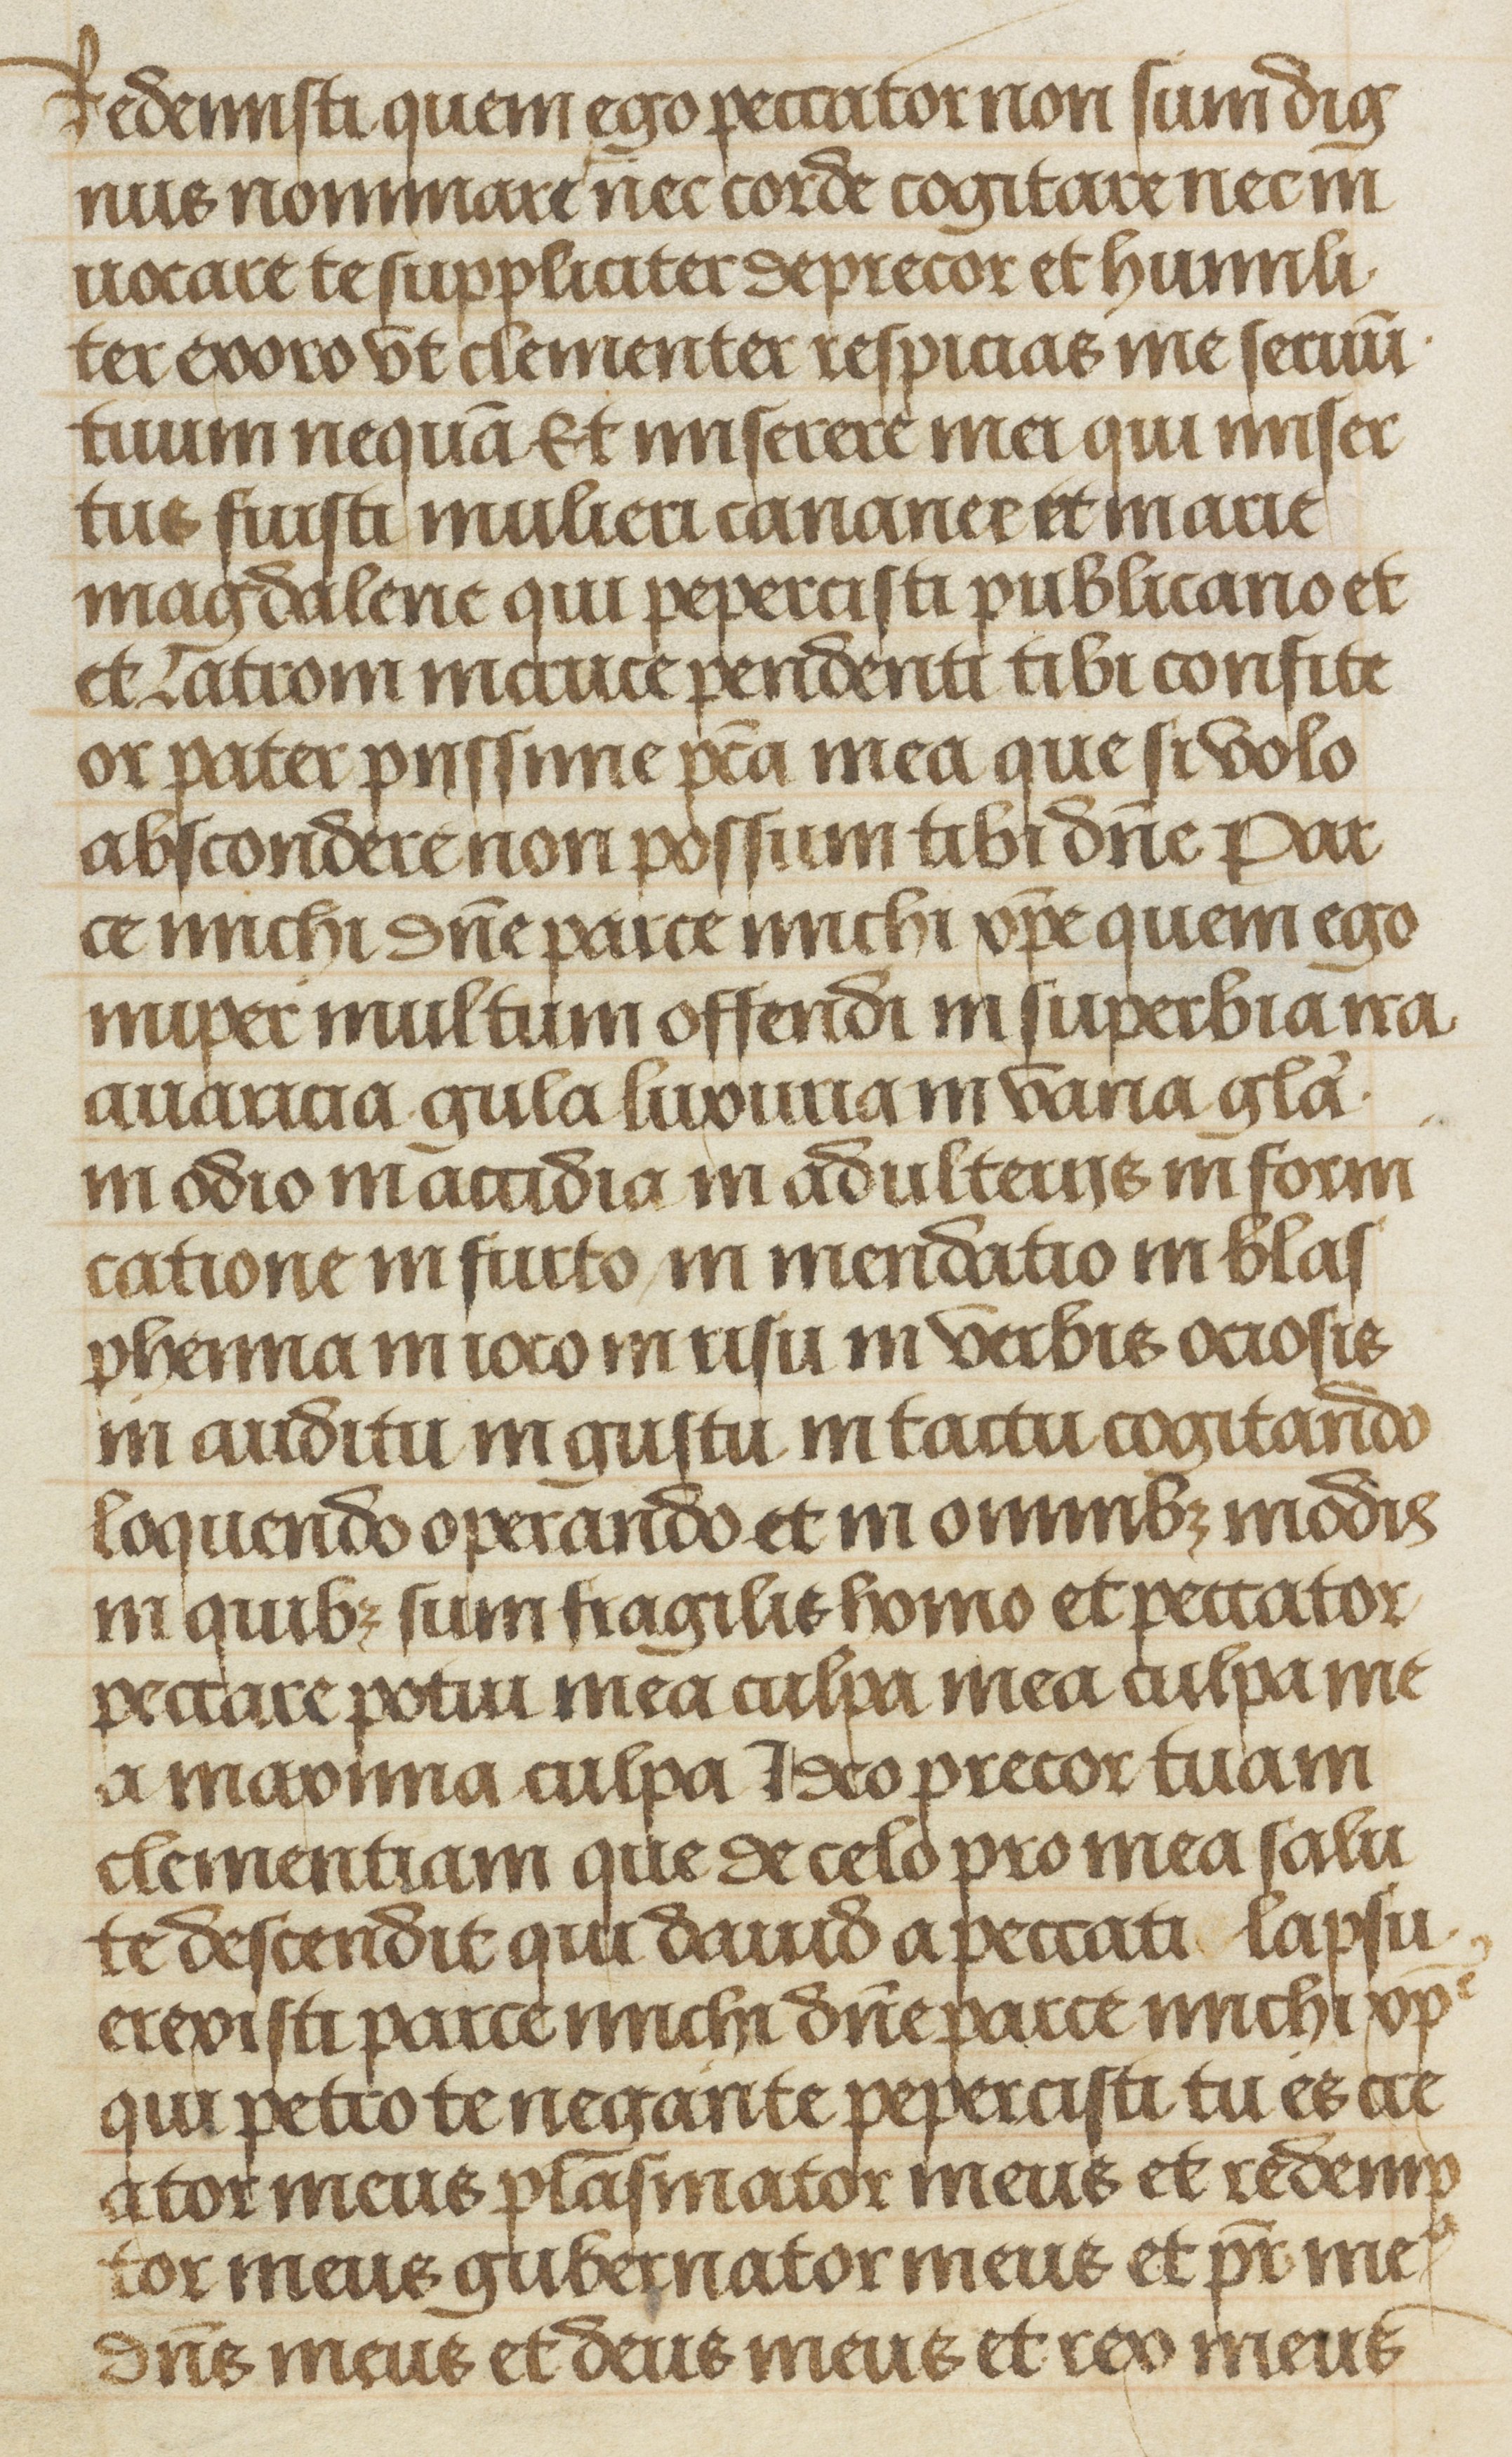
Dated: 1475–1505